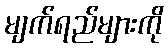
မျက်ရည်များကို